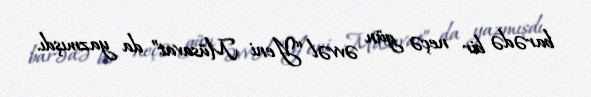
barədə bir neçə gün əvvəl “Yeni Müsavat” da yazmışdı.